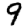
Digit: 9